NAE_ERA_R-2362_Emakeele_Selts, lk 58
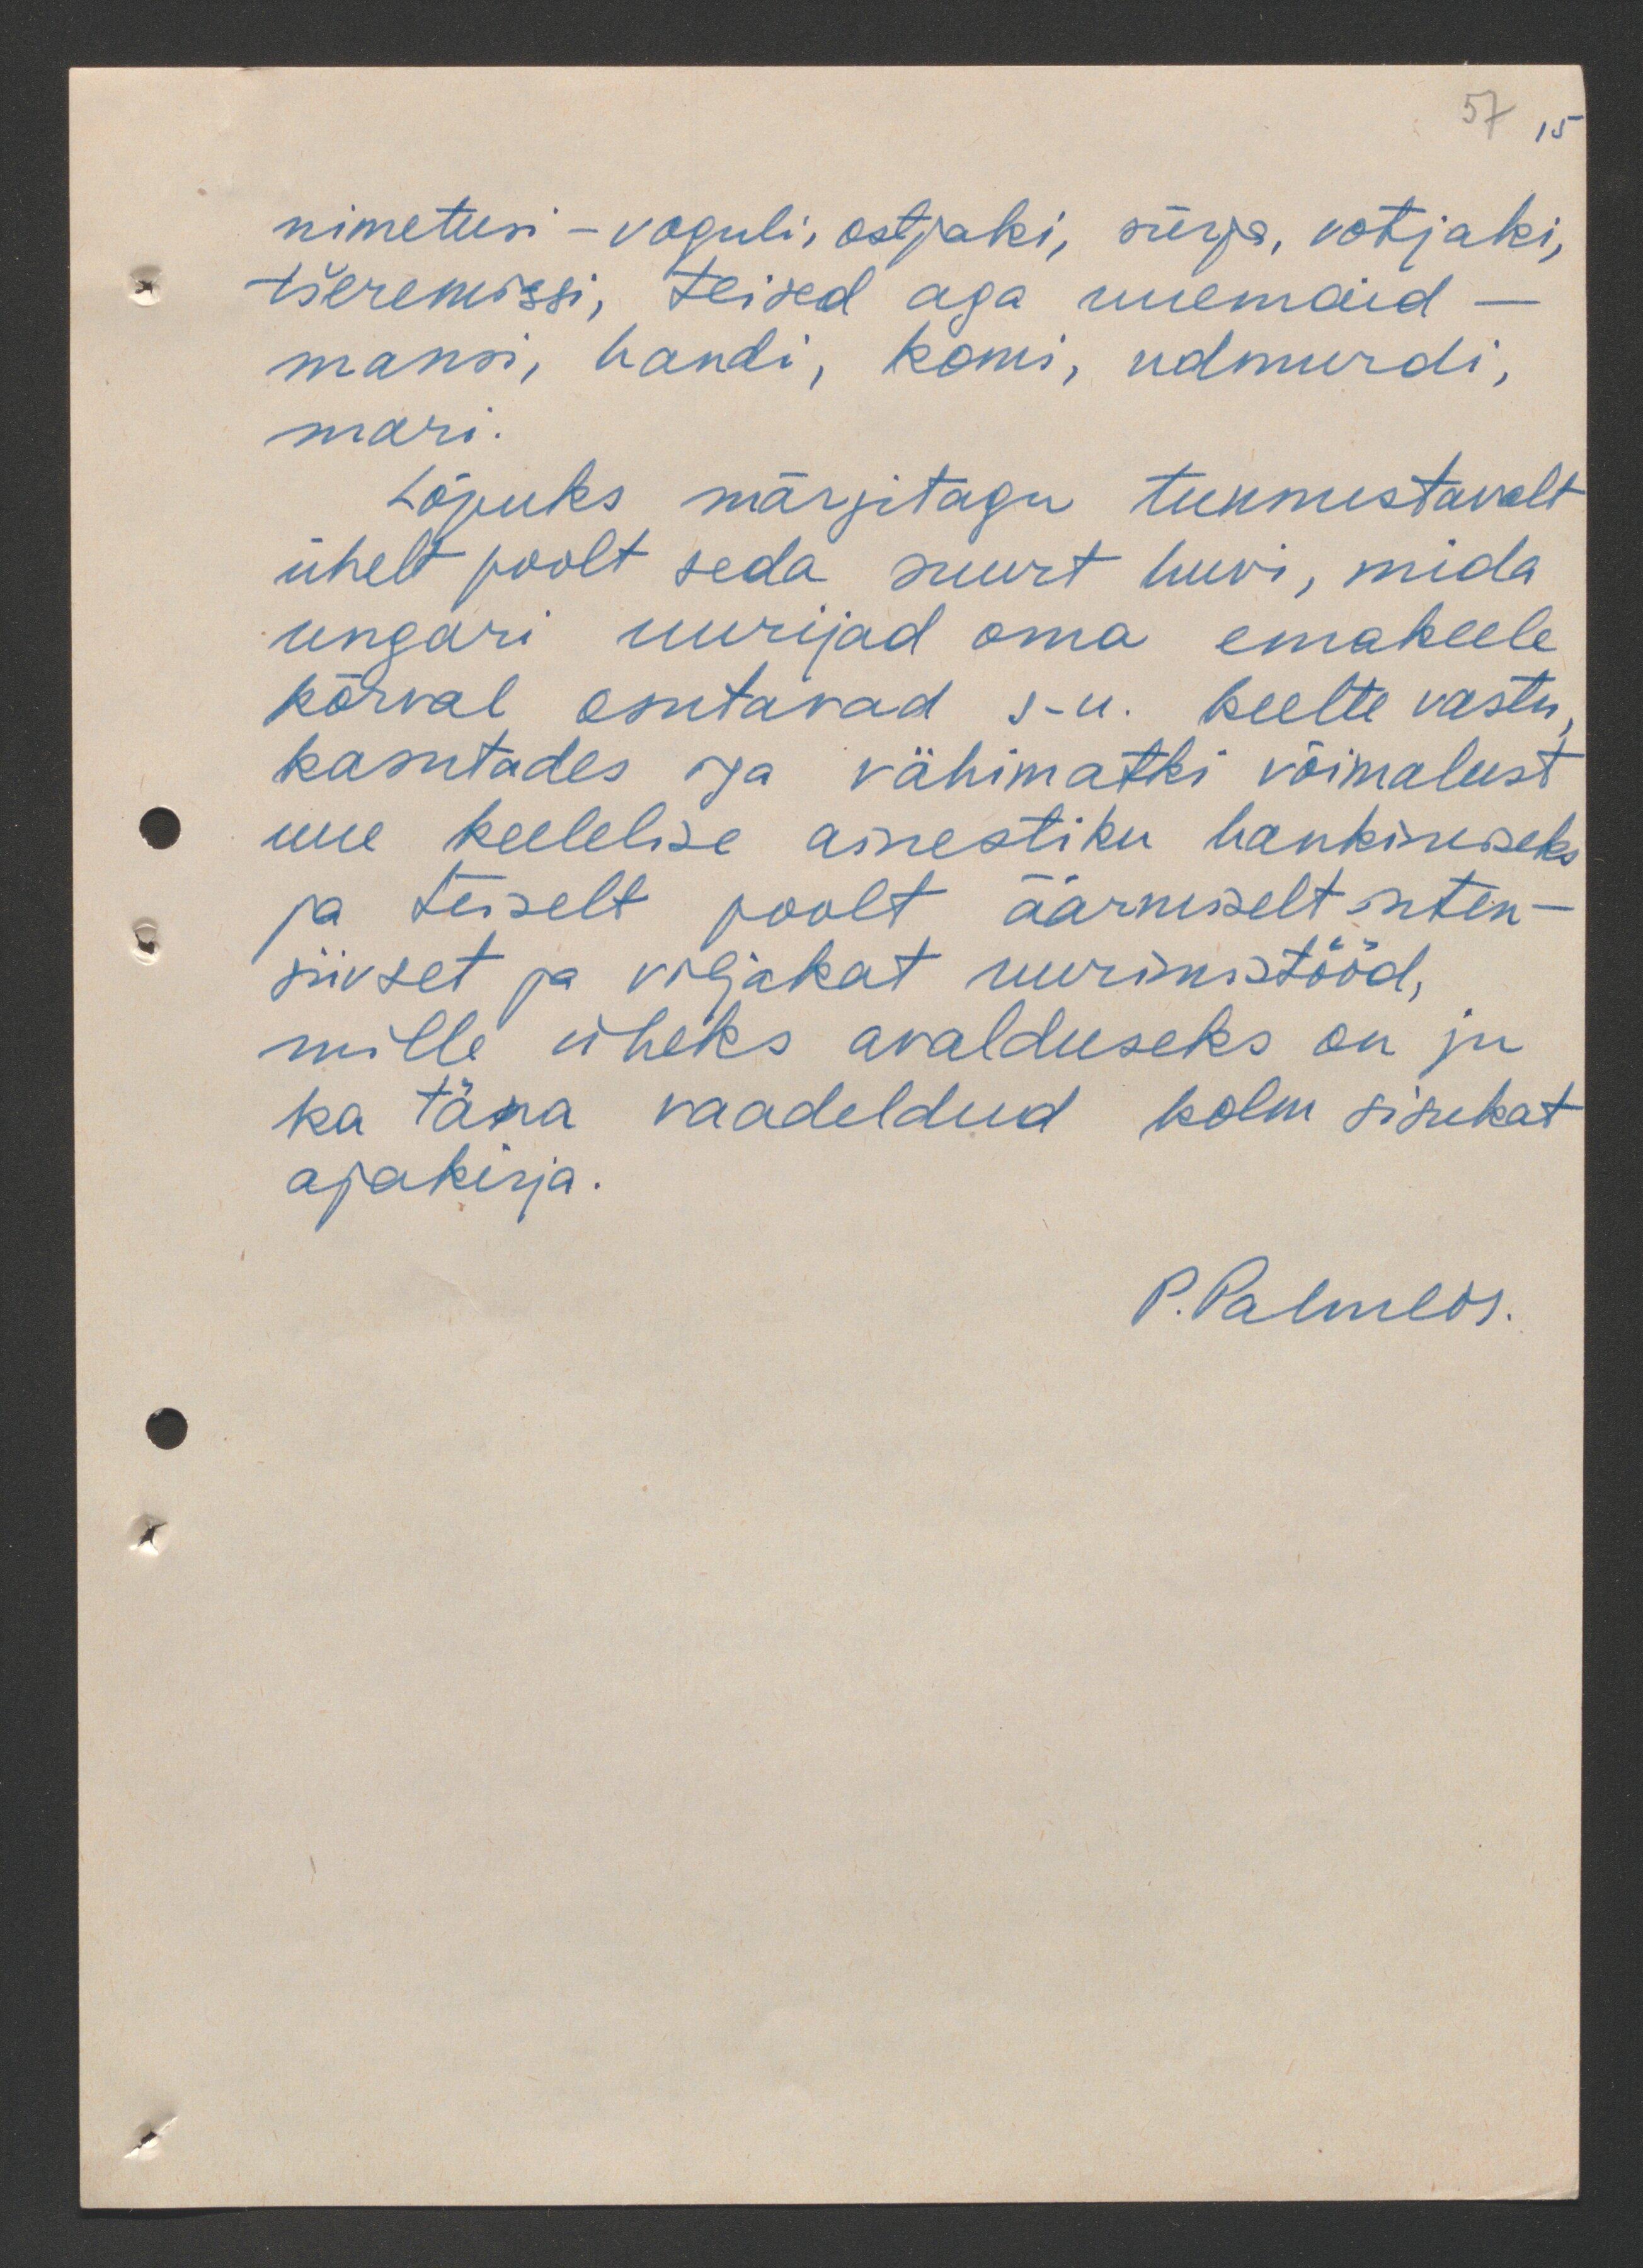
57 15

nimetusi - vaguli, ostjaki, sürja, votjaki,
tšeremissi, teised aga uuemaid
mansi, handi, komi, udmurdi,
mari.
Lõpuks märgitagu tunnustavalt
ühelt poolt seda suurt huvi, mida
ungari uurijad oma emakeele
kõrval osutavad s-u. keelte vastu
kasutades iga vähimatki võimalust.
uue keelelise ainestiku hankimiseks
ja teiselt poolt äärmiselt inten-
siivset ja viljakat uurimistööd,
mille üheks avalduseks on ju
ka täna vaadeldud kolm sisukat
ajakirja.
P. Palmbr.